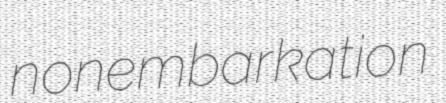
nonembarkation